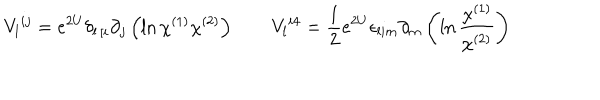
V _ { l } { } ^ { i j } = e ^ { 2 U } \delta _ { l \, [ i } \partial _ { j } \left( \ln \chi ^ { ( 1 ) } \chi ^ { ( 2 ) } \right) \qquad V _ { l } { } ^ { i 4 } = { \frac { 1 } { 2 } } e ^ { 2 U } \epsilon _ { l i m } \partial _ { m } \left( \ln { \frac { \chi ^ { ( 1 ) } } { \chi ^ { ( 2 ) } } } \right)